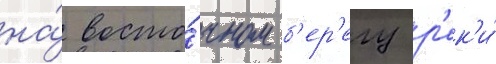
на́ восто́чном б'ер'егу р'ек'и́